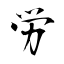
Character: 労